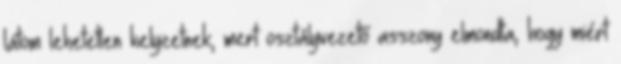
látom lehetetlen helyzetnek, mert osztályvezető asszony elmondta, hogy miért